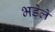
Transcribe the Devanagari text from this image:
भड़ेले